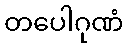
တပေါဂုဏံ